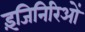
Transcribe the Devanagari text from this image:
इंजिनिरिओं